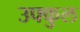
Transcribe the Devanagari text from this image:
उफ्कुल